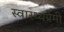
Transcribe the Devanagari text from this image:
स्वास्थ्यप्रेमी